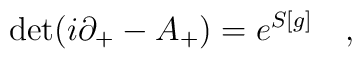
{\rm det}(i \partial_{+} -A_{+} )=e^{S[g]} \quad,